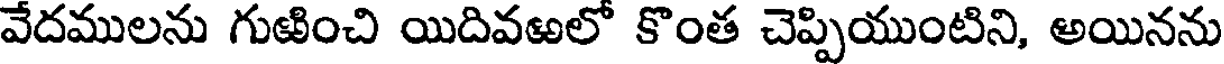
వేదములను గుఱించి యిదివఱలో కొంత చెప్పియుంటిని, అయినను